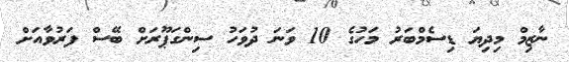
ނާޒިމް މިދިޔަ ޑިސެމްބަރު މަހުގެ 10 ވަނަ ދުވަހު ސިންގަޕޫރަށް ބޭސް ފަރުވާއަށް